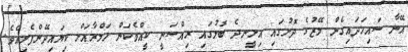
އޭނާ ސައިހަދައިގެން މޭޒުގެ ދޮށުގައި އިށީނދެ ބޮލުގައި ރިއްސަނީ ކީއްވެކަން ހަމްރާއަށް ކިޔައިދޭންފެށިއެވެ.